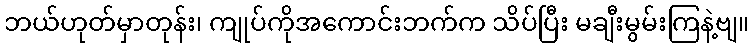
ဘယ်ဟုတ်မှာတုန်း၊ ကျုပ်ကိုအကောင်းဘက်က သိပ်ပြီး မချီးမွမ်းကြနဲ့ဗျ။